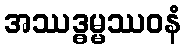
အဿဒ္ဓမ္မဿဝနံ